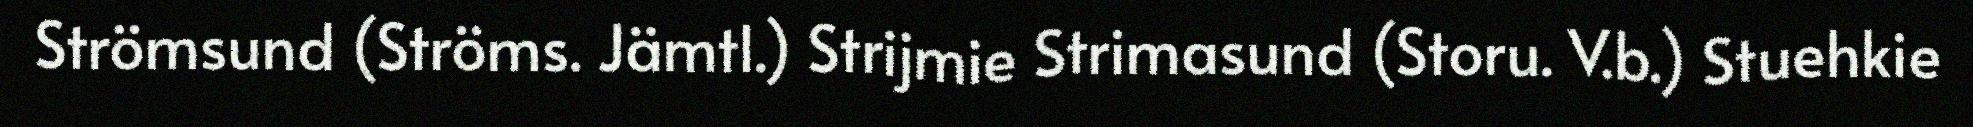
Strömsund (Ströms. Jämtl.) Strijmie Strimasund (Storu. V.b.) Stuehkie